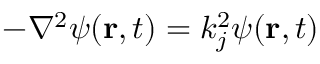
- \nabla ^ { 2 } \boldsymbol { \psi } ( \mathbf { r } , t ) = k _ { j } ^ { 2 } \boldsymbol { \psi } ( \mathbf { r } , t )